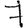
Digit: 7